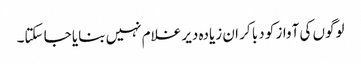
لوگوں کی آواز کو دبا کر ان زیادہ دیر غلام نہیں بنایا جا سکتا۔